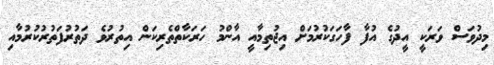
މިދުވަސް ވަރަކީ އީދުގެ އުފާ ފާހަގަކުރުމަށް އިޖުތިމާއީ އާންމު ހަރަކާތްތެރިކަން އިތުރުވެ ދަތުރުފަތުރުކުރުމާއި